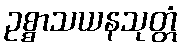
ဥစ္စာသယနသုတ္တံ